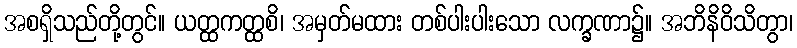
အစရှိသည်တို့တွင်။ ယတ္ထကတ္ထစိ၊ အမှတ်မထား တစ်ပါးပါးသော လက္ခဏာ၌။ အဘိနိဝိသိတွာ၊